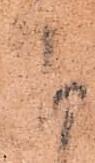
下